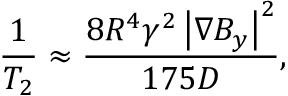
\centering \frac { 1 } { T _ { 2 } } \approx \frac { 8 R ^ { 4 } \gamma ^ { 2 } \left| \nabla B _ { y } \right| ^ { 2 } } { 1 7 5 D } ,